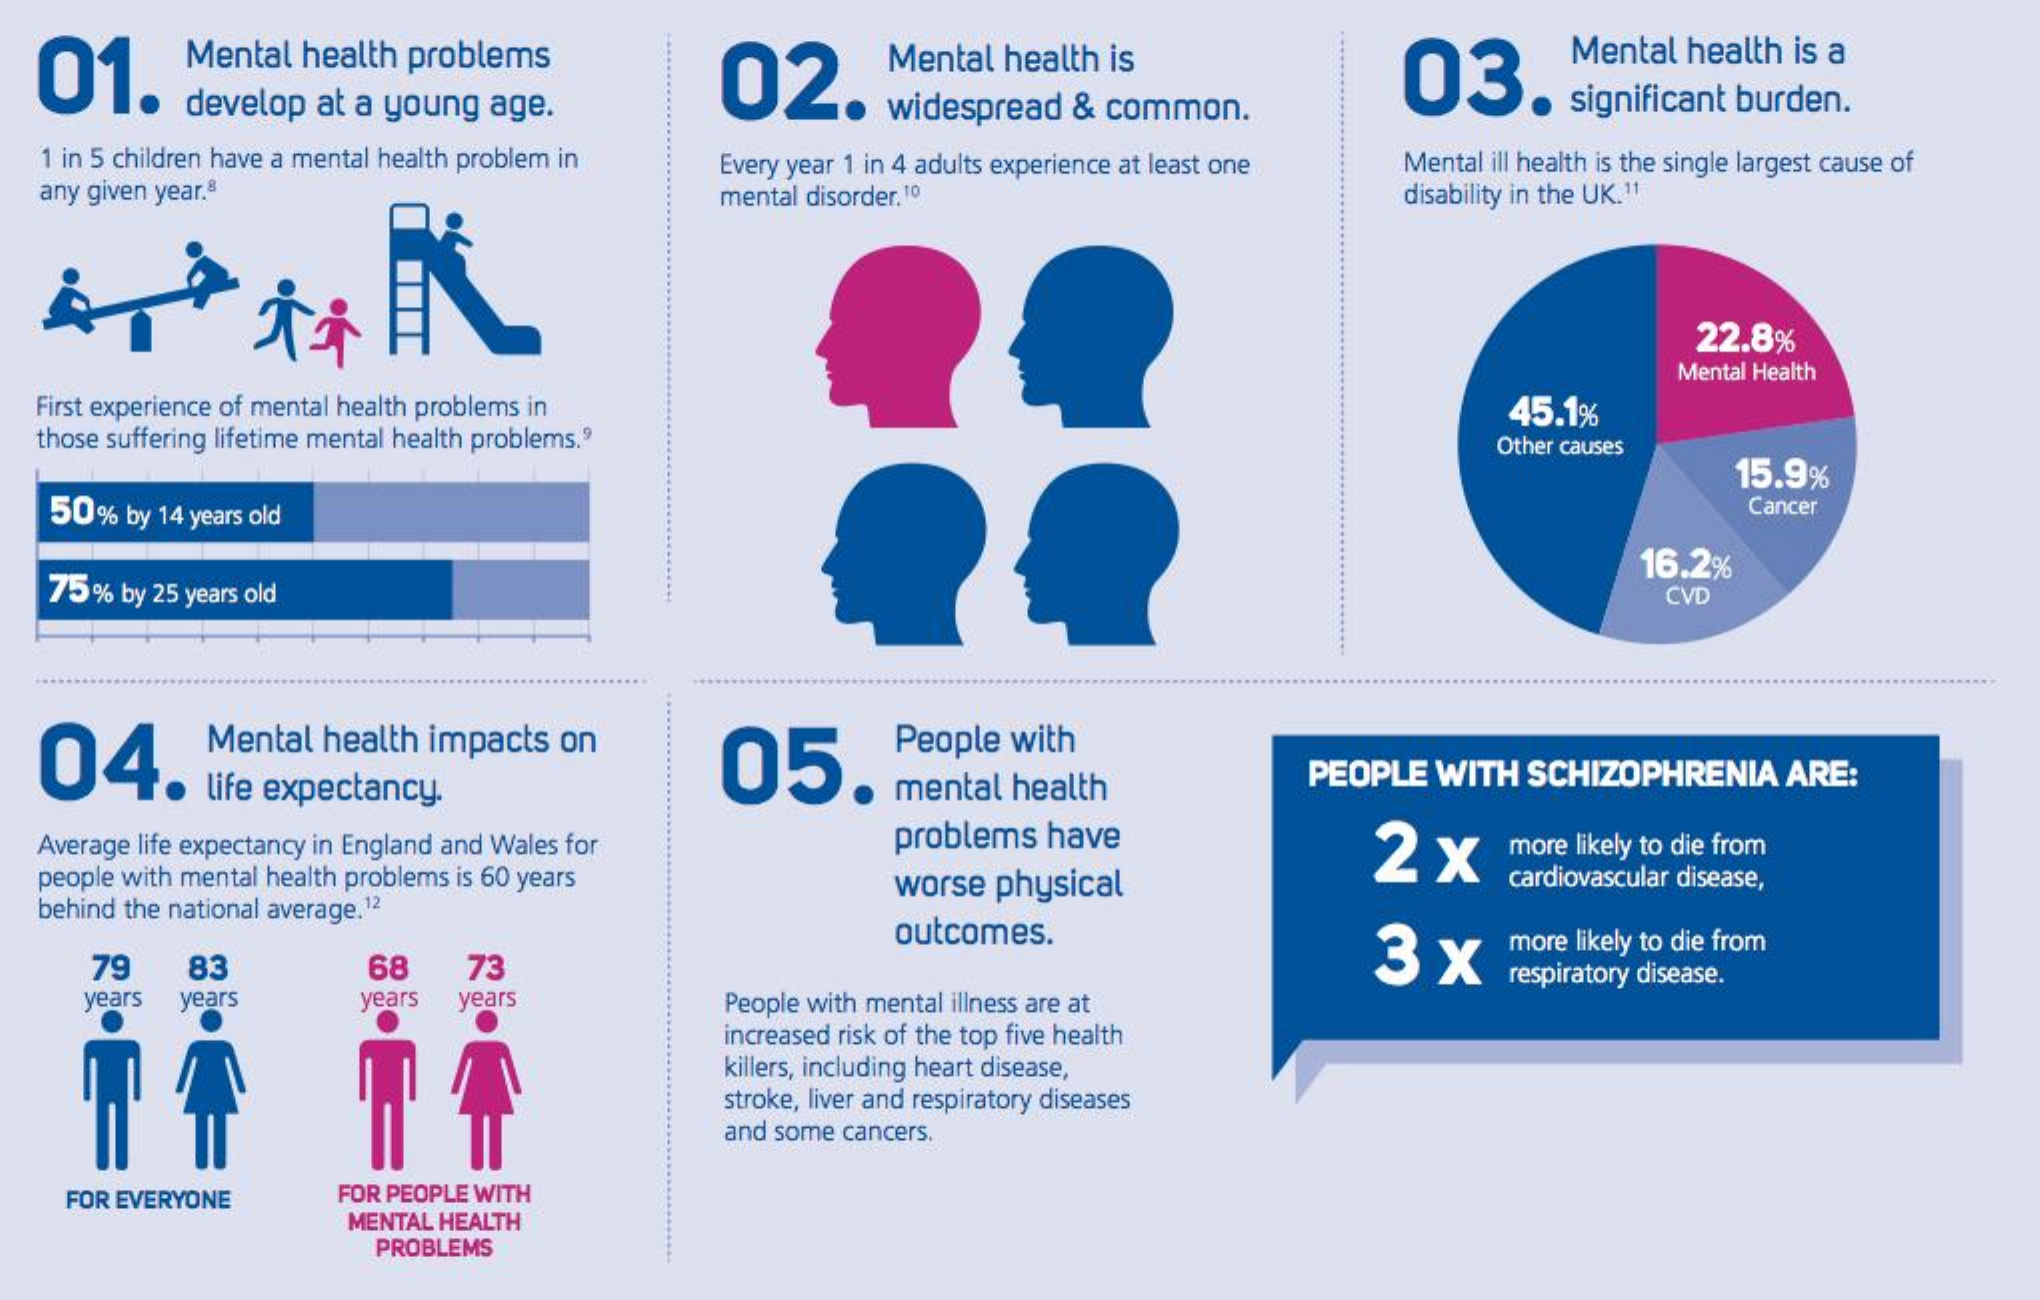
01.
     Mental  health problems
     02.
     Mental health is    03.
     Mental health is a
     develop  at a young age.    widespread  & common.    significant burden.
   1 in 5 children have a mental health problem in
   any given year.8
     Every year 1 in 4 adults experience at least one Mental ill health is the single largest cause of
     mental disorder.10    disability in the UK.11
     22.8%
     Mental Health
   First experience of mental health problems in
   those suffering lifetime mental health problems.9
     45.1%
     Other causes
    50%  by 14 years old
     15.9%
     Cancer
    75% by 25 years old
     16.2%
     CVD
   04.
     Mental health impacts  on
     05.
     People  with
     life expectancy.    mental  health    PEOPLE  WITH  SCHIZOPHRENIA    ARE:
   Average life expectancy in England and Wales for    problems  have    2×    more likely to die from
   people with mental health problems is 60 years
   behind the national average.12
     worse  physical    cardiovascular disease,
     outcomes.
     79    83    3  x
     68    73
     more likely to die from
     years years    years  years    People with mental illness are at
     respiratory disease.
     increased risk of the top five health
     killers, including heart disease,
     stroke, liver and respiratory diseases
     and some cancers.
     FOR EVERYONE    FOR PEOPLE WITH
     MENTAL HEALTH
     PROBLEMS